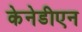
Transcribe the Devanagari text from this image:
केनेडीएन